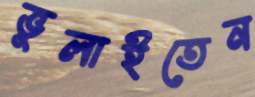
ভুলাইতেন